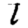
Digit: 1